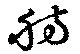
舫